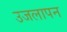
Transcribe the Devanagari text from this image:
उजलापन